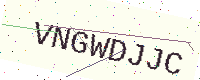
Text: VNGWDJJC